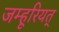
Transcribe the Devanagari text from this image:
जम्हूरियत्